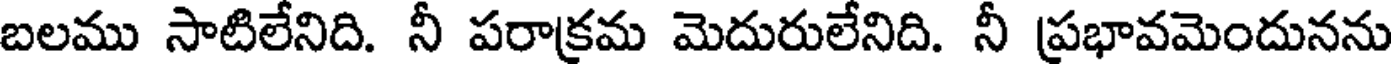
బలము సాటిలేనిది. నీ పరాక్రమ మెదురులేనిది. నీ ప్రభావమెందునను